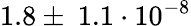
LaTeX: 1.8\pm~1.1\cdot 10^{-8}